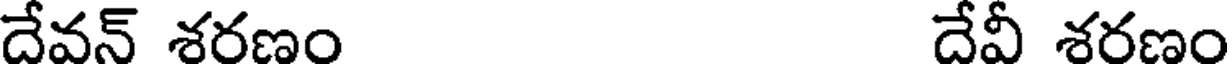
దేవన్ శరణం దేవీ శరణం